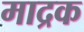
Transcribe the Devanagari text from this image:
माद्रक